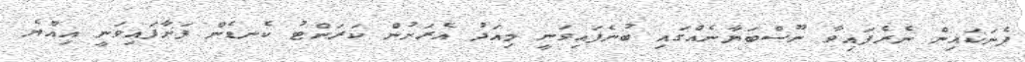
ފެނަކައިން ނެރެފައިވާ ނޫސްބަޔާނެއްގައި ބުނެފައިވަނީ މިއަދު އެރަށުން ކަރަންޓު ކެނޑެން ފަށާފައިވަނީ އިއްޔެ